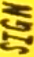
SIGN